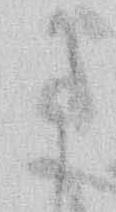
に